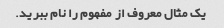
یک مثال معروف از مفهوم را نام ببرید.